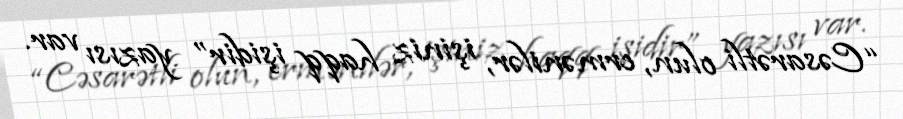
“Cəsarətli olun, ermənilər, işiniz haqq işidir” yazısı var.